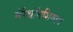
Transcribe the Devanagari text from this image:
मॅरेथॉनशिवाय